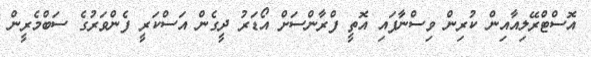
އޮސްޓްރޭލިއާއިން ކުރިން ވިސްނާފައި އޮތީ ފްރާންސަށް އޯޑަރު ދީގެން އަސްކަރީ ފެންވަރުގެ ސަބްމެރީން